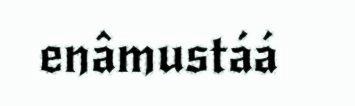
enâmustáá